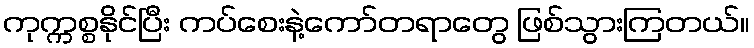
ကုက္ကစ္စနိုင်ပြီး ကပ်စေးနဲ့ကော်တရာတွေ ဖြစ်သွားကြတယ်။